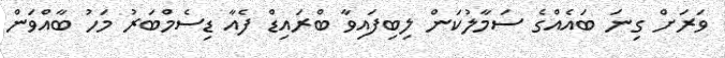
ވަރަށް ގިނަ ބައެއްގެ ސަމާލުކަން ލިބިފައިވާ ބްރައިޑް ފެއާ ޑިސެމްބަރު މަހު ބާއްވަން